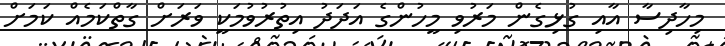
މިހާދިސާ އާއި ގުޅިގެން މަރުވި މީހުންގެ އަދަދު އިތުރުވުމަކީ ވަރަށް ގާތްކަމެއް ކަމަށް